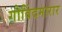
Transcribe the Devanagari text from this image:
गोविंदमारार